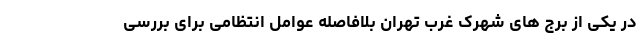
در یکی از برج های شهرک غرب تهران بلافاصله عوامل انتظامی برای بررسی